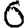
Digit: 6